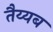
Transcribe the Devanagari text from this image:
तैय्यब